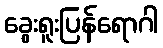
ခွေးရူးပြန်ရောဂါ